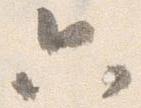
只